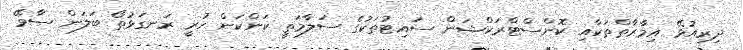
ދިރިއުޅޭ އިމާރާތްތަކާއި ކޮންސްޓްރަކްޝަން ސައިޓުތަކުގެ ސަލާމަތީ ކަންކަން ހުރީ ރަނގަޅުތޯ ބަލަން ސާވޭ